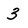
Character: 3